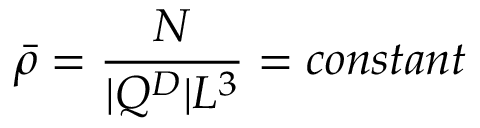
\bar { \rho } = \frac { N } { | Q ^ { D } | L ^ { 3 } } = c o n s t a n t